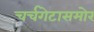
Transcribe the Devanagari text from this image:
चर्चगेटासमोर